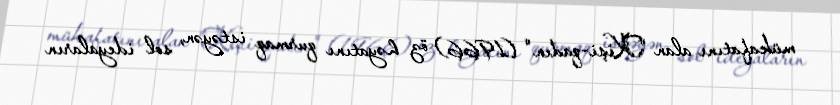
mükafatını alan "Kişi-qadın" (1966) öz həyatını qurmaq istəyən, sol ideyaların